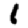
Digit: 1